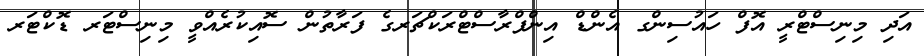
އަދި މިނިސްޓްރީ އޮފް ހައުސިންގ އެންޑް އިންފްރާސްޓްރަކްޗަރގެ ފަރާތުން ސޮއިކުރެއްވީ މިނިސްޓަރ ޑޮކްޓަރ